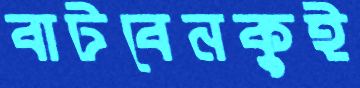
বাটবেনকুই